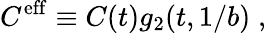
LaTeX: C^{\mathrm{eff}}\equiv C(t)g_{2}(t,1/b)\; ,